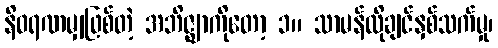
နိဝရဏမျှဖြစ်တဲ့ အဘိဇ္ဈာကိုတော့ ၁။ သာမန်လိုချင်နှစ်သက်မှု၊